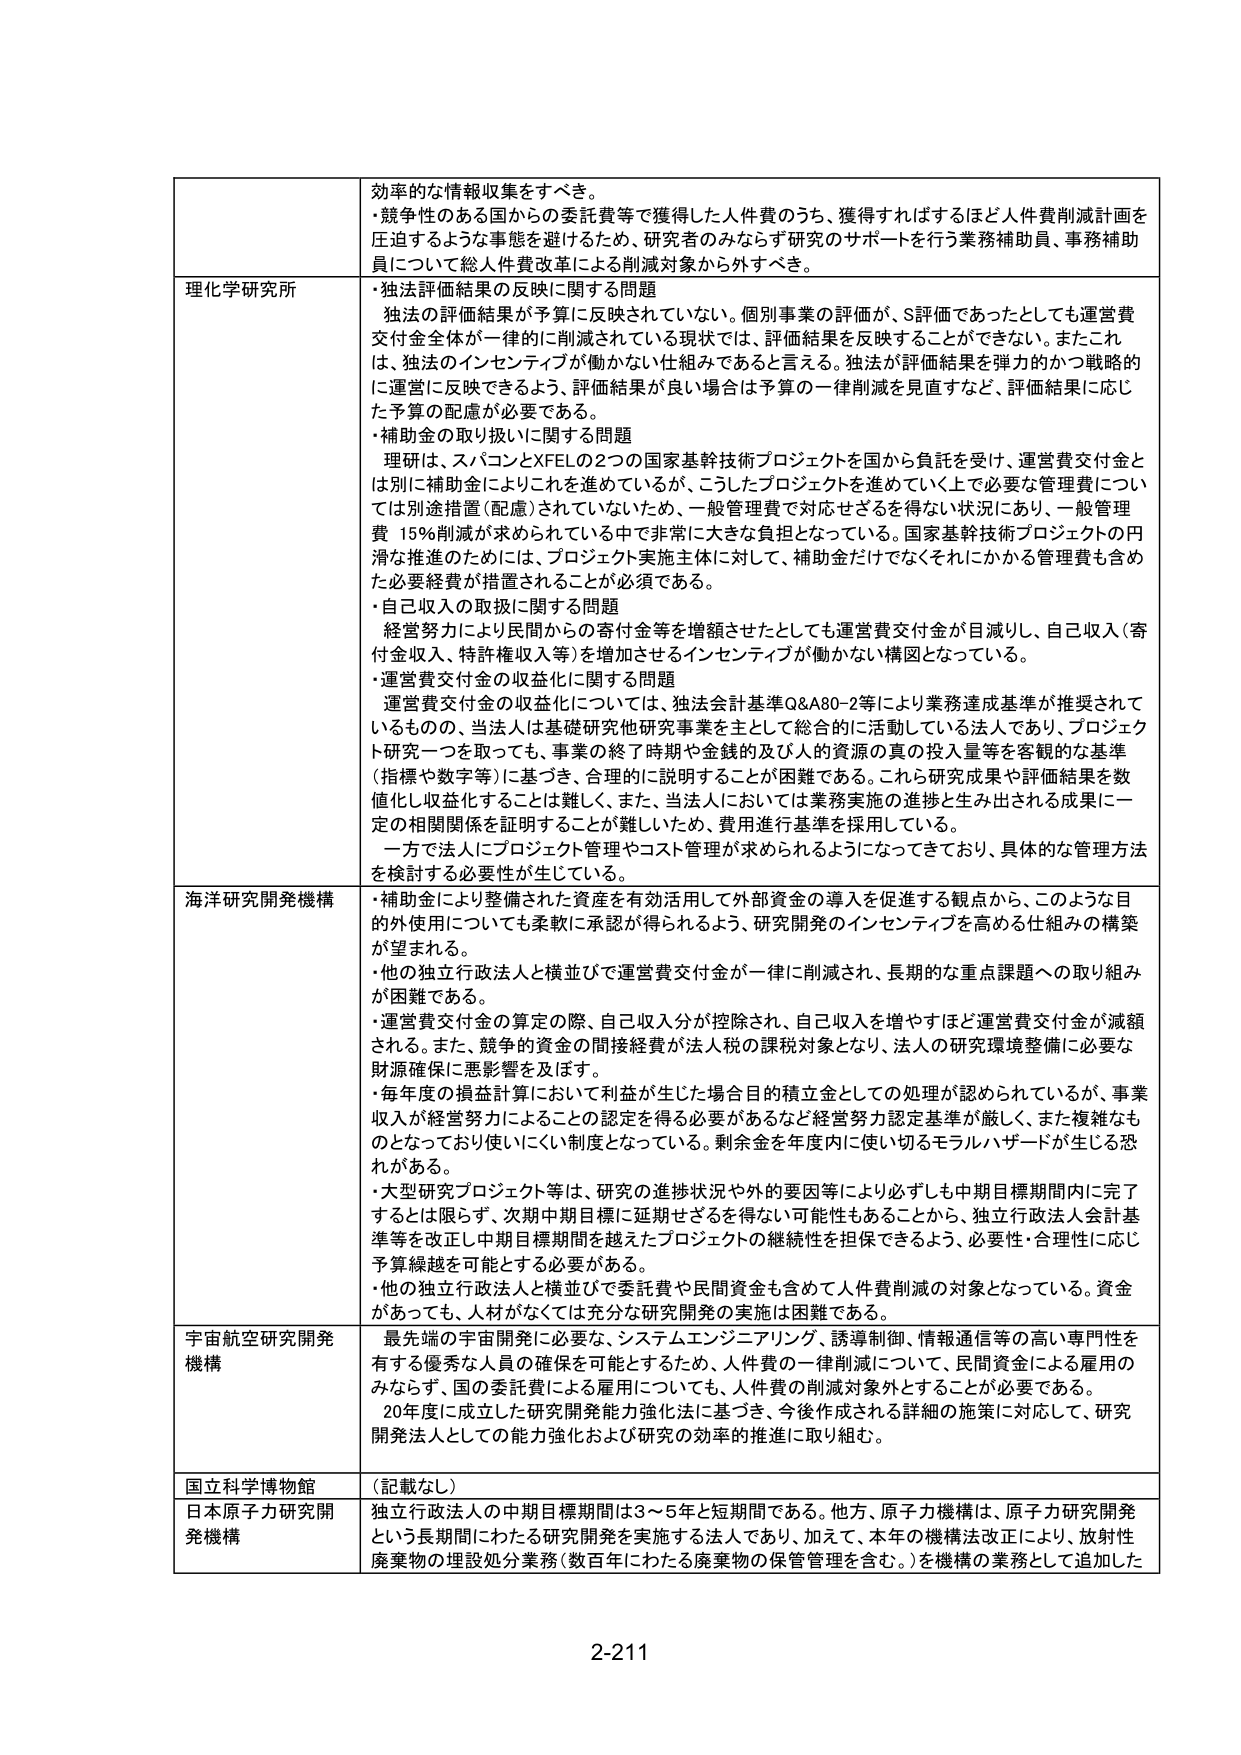
効率的な情報収集をすべき。
・競争性のある国からの委託費等で獲得した人件費のうち、獲得すればするほど人件費削減計画を
圧迫するような事態を避けるため、研究者のみならず研究のサポートを行う業務補助員、事務補助
員について総人件費改革による削減対象から外すべき。

理化学研究所
・独立評価結果の反映に関する問題
　独法の評価結果が予算に反映されていない。個別事業の評価が、S評価であったとしても運営費
交付金全体が一律的に削減されている現状では、評価結果を反映することができない。またこれ
は、独法のインセンティブが働かない仕組みであると言える。独法が評価結果を弾力的かつ戦略的
に運営に反映できるよう、評価結果が良い場合は予算の一様削減を見直すなど、評価結果に応じ
た予算の配慮が必要である。
・補助金の取り扱いに関する問題
　理研は、スパコンとXFELの2つの国家基幹技術プロジェクトを国から負託を受け、運営費交付金と
は別に補助金によりこれを進めているが、こうしたプロジェクトを進めていく上で必要な管理費につい
ては別途措置（配慮）されていないため、一般管理費で対応せざるを得ない状況にあり、一般管理
費 15％削減が求められている中で非常に大きな負担となっている。国家基幹技術プロジェクトの円
滑な推進のためには、プロジェクト実施主体に対して、補助金だけでなくそれにかかる管理費も含め
た必要経費が措置されることが必須である。
・自己収入の取扱に関する問題
　経営努力により民間からの寄付金等を増額させたとしても運営費交付金が目減りし、自己収入（寄
付金収入、特許権収入等）を増加させるインセンティブが働かない構図となっている。
・運営費交付金の収益化に関する問題
　運営費交付金の収益化については、独法会計基準Q&A80-2等により業務達成基準が推奨されて
いるものの、当法人は基礎研究他研究事業を主として総合的に活動している法人であり、プロジェク
ト研究一つを取っても、事業の終了時期や金銭的及び人的資源の真の投入量等を客観的な基準
（指標や数字等）に基づき、合理的に説明することが困難である。これら研究成果や評価結果を数
値化し収益化することは難しく、また、当法人においては業務実施の進捗と生み出される成果に一
定の相関関係を証明することが難しいため、費用進行基準を採用している。
　一方で法人にプロジェクト管理やコスト管理が求められるようになってきており、具体的な管理方法
を検討する必要性が生じている。

海洋研究開発機構
・補助金により整備された資産を有効活用して外部資金の導入を促進する観点から、このような目
的外使用についても柔軟に承認が得られるよう、研究開発のインセンティブを高める仕組みの構築
が望まれる。
・他の独立行政法人と横並びで運営費交付金が一律に削減され、長期的な重点課題への取り組み
が困難である。
・運営費交付金の算定の際、自己収入分が控除され、自己収入を増やすほど運営費交付金が減額
される。また、競争的資金の間接経費が法人税の課税対象となり、法人の研究環境整備に必要な
財源確保に悪影響を及ぼす。
・毎年度の損益計算において利益が生じた場合目的積立金としての処理が認められているが、事業
収入が経営努力によることの認定を得る必要があるなど経営努力認定基準が厳しく、また複雑なも
のとなっており使いにくい制度となっている。剰余金を年度内に使い切るモラルハザードが生じる恐
れがある。
・大型研究プロジェクト等は、研究の進捗状況や外的要因等により必ずしも中期目標期間内に完了
するとは限らず、次期中期目標に延期せざるを得ない可能性もあることから、独立行政法人会計基
準等を改正し中期目標期間を越えたプロジェクトの継続性を担保できるよう、必要性・合理性に応じ
予算繰越を可能とする必要がある。
・他の独立行政法人と横並びで委託費や民間資金も含めて人件費削減の対象となっている。資金
があっても、人材がなくては充分な研究開発の実施は困難である。

宇宙航空研究開発
機構
　最先端の宇宙開発に必要な、システムエンジニアリング、誘導制御、情報通信等の高い専門性を
有する優秀な人員の確保を可能とするため、人件費の一律削減について、民間資金による雇用の
みならず、国の委託費による雇用についても、人件費の削減対象外とすることが必要である。
　20年度に成立した研究開発能力強化法に基づき、今後作成される詳細の施策に対応して、研究
開発法人としての能力強化および研究の効率の推進に取り組む。

国立科学博物館
（記載なし）

日本原子力研究開
発機構
　独立行政法人の中期目標期間は3～5年と短期間である。他方、原子力機構は、原子力研究開発
という長期間にわたる研究開発を実施する法人であり、加えて、本年の機構法改正により、放射性
廃棄物の埋設処分業務（数百年にわたる廃棄物の保管管理を含む。）を機構の業務として追加した

2-211